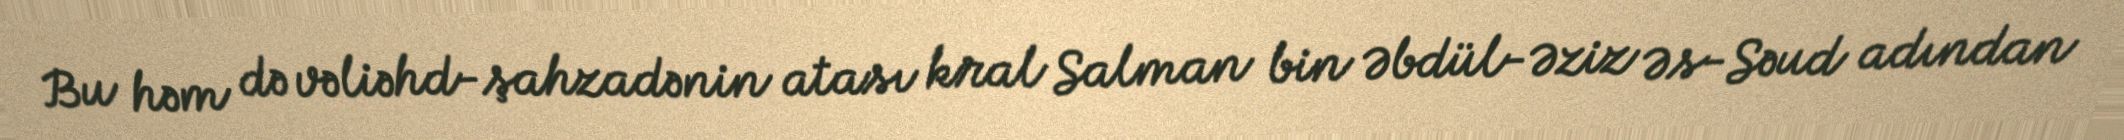
Bu həm də vəliəhd-şahzadənin atası kral Salman bin Əbdül-Əziz Əs-Səud adından